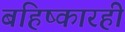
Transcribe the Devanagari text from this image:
बहिष्कारही